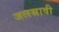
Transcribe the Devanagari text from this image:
जलस्रावी